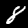
Digit: 8